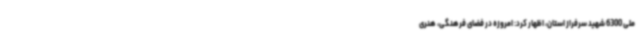
ملی 6300 شهید سرفراز استان، اظهار کرد: امروزه در فضای فرهنگی، هنری